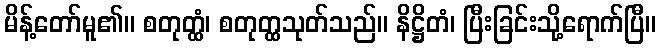
မိန့်တော်မူ၏။ စတုတ္ထံ၊ စတုတ္ထသုတ်သည်။ နိဋ္ဌိတံ၊ ပြီးခြင်းသို့ရောက်ပြီ။